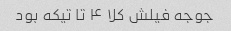
جوجه فیلش کلا ۴ تا تیکه بود